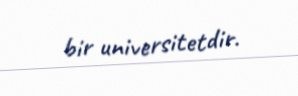
bir universitetdir.